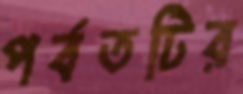
পর্বতটির